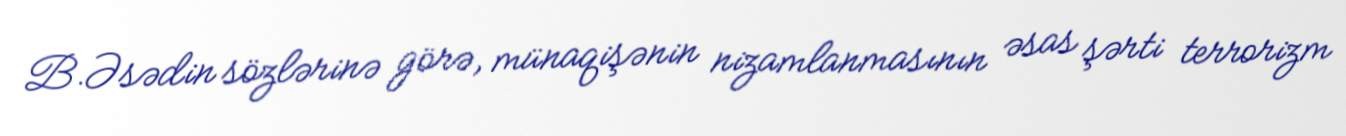
B.Əsədin sözlərinə görə, münaqişənin nizamlanmasının əsas şərti terrorizm